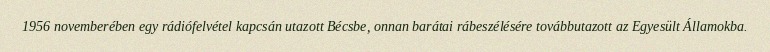
1956 novemberében egy rádiófelvétel kapcsán utazott Bécsbe, onnan barátai rábeszélésére továbbutazott az Egyesült Államokba.